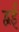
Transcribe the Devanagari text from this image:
द्वई